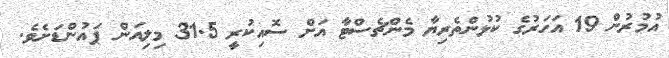
އުމުރުން 19 އަހަރުގެ ކުޅުންތެރިޔާ މެންޗެސްޓާ އަށް ސޮއިކުރީ 31.5 މިލިއަން ޕައުންޑަށެވެ.